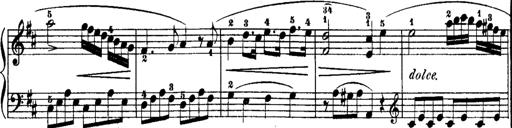
Title: Rondos and Sonatinas for Pianoforte
Composer: Daniel Steibelt